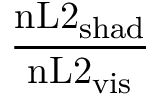
\frac { \mathrm { n L 2 } _ { \mathrm { s h a d } } } { \mathrm { n L 2 } _ { \mathrm { v i s } } }